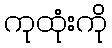
ကုထုံးကို